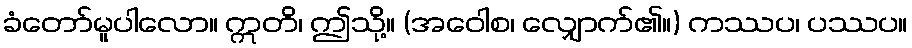
ခံတော်မူပါလော။ ဣတိ၊ ဤသို့။ (အဝေါစ၊ လျှောက်၏။) ကဿပ၊ ပဿပ။